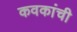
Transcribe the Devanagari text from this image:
कवकांची